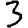
Digit: 3